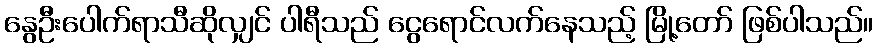
နွေဦးပေါက်ရာသီဆိုလျှင် ပါရီသည် ငွေရောင်လက်နေသည့် မြို့တော် ဖြစ်ပါသည်။